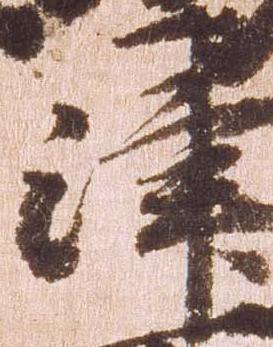
津